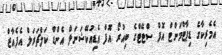
އެމެރިކާގެ ޑިޕާޓްމަންޓް އޮފް ސްޓޭޓްގެ ބިއުރޯ އޮފް އެޑިއުކޭޝަނަލް އެންޑް ކަލްޗަރަލް އެފެއާޒް